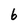
Character: b